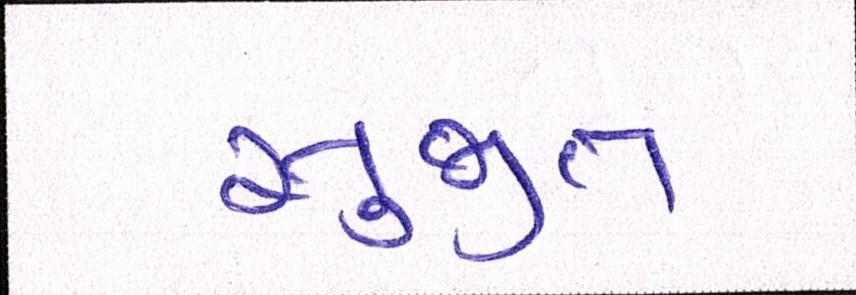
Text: સુજીત